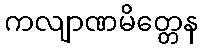
ကလျာဏမိတ္တေန